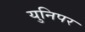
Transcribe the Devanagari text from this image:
युनिपर